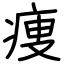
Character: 痩